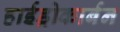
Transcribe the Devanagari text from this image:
हाईड्रोकार्बन